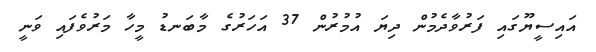
އައިސީޔޫގައި ފަރުވާދެމުން ދިޔަ އުމުރުން 37 އަހަރުގެ މާބަނޑު މީހާ މަރުވެފައި ވަނީ